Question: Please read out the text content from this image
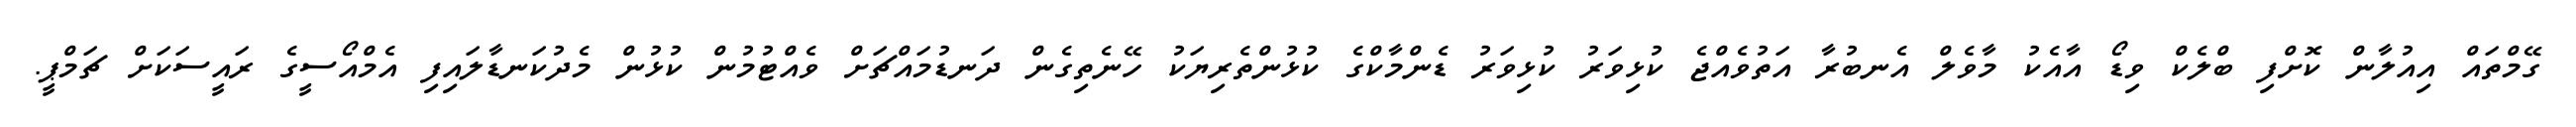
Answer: ގޭމްތައް އިއުލާން ކޮށްފި ބްލެކް ވިޑޯ އާއެކު މާވެލް އެނބުރާ އަތުވެއްޖެ ކުޅިވަރު ކުޅިވަރު ޑެންމާކްގެ ކުޅުންތެރިޔަކު ހޭނެތިގެން ދަނޑުމައްޗަށް ވެއްޓުމުން ކުޅުން މެދުކަނޑާލައިފި އެމްއޯސީގެ ރައީސަކަށް ޗަމްޕީ.